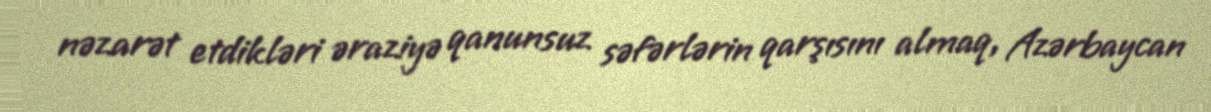
nəzarət etdikləri əraziyə qanunsuz səfərlərin qarşısını almaq, Azərbaycan